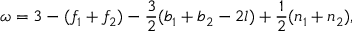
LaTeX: \omega = 3 - ( f _ { 1 } + f _ { 2 } ) - \frac { 3 } { 2 } ( b _ { 1 } + b _ { 2 } - 2 l ) + \frac { 1 } { 2 } ( n _ { 1 } + n _ { 2 } ) ,